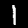
Digit: 1